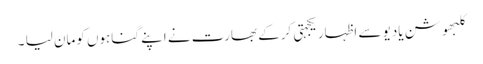
کلبھوشن یادیو سے اظہاریکجہتی کرکے بھارت نے اپنے گناہوں کومان لیا ۔